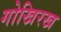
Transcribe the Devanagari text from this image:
गोखिरख